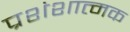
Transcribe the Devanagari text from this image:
प्रशंशात्मक